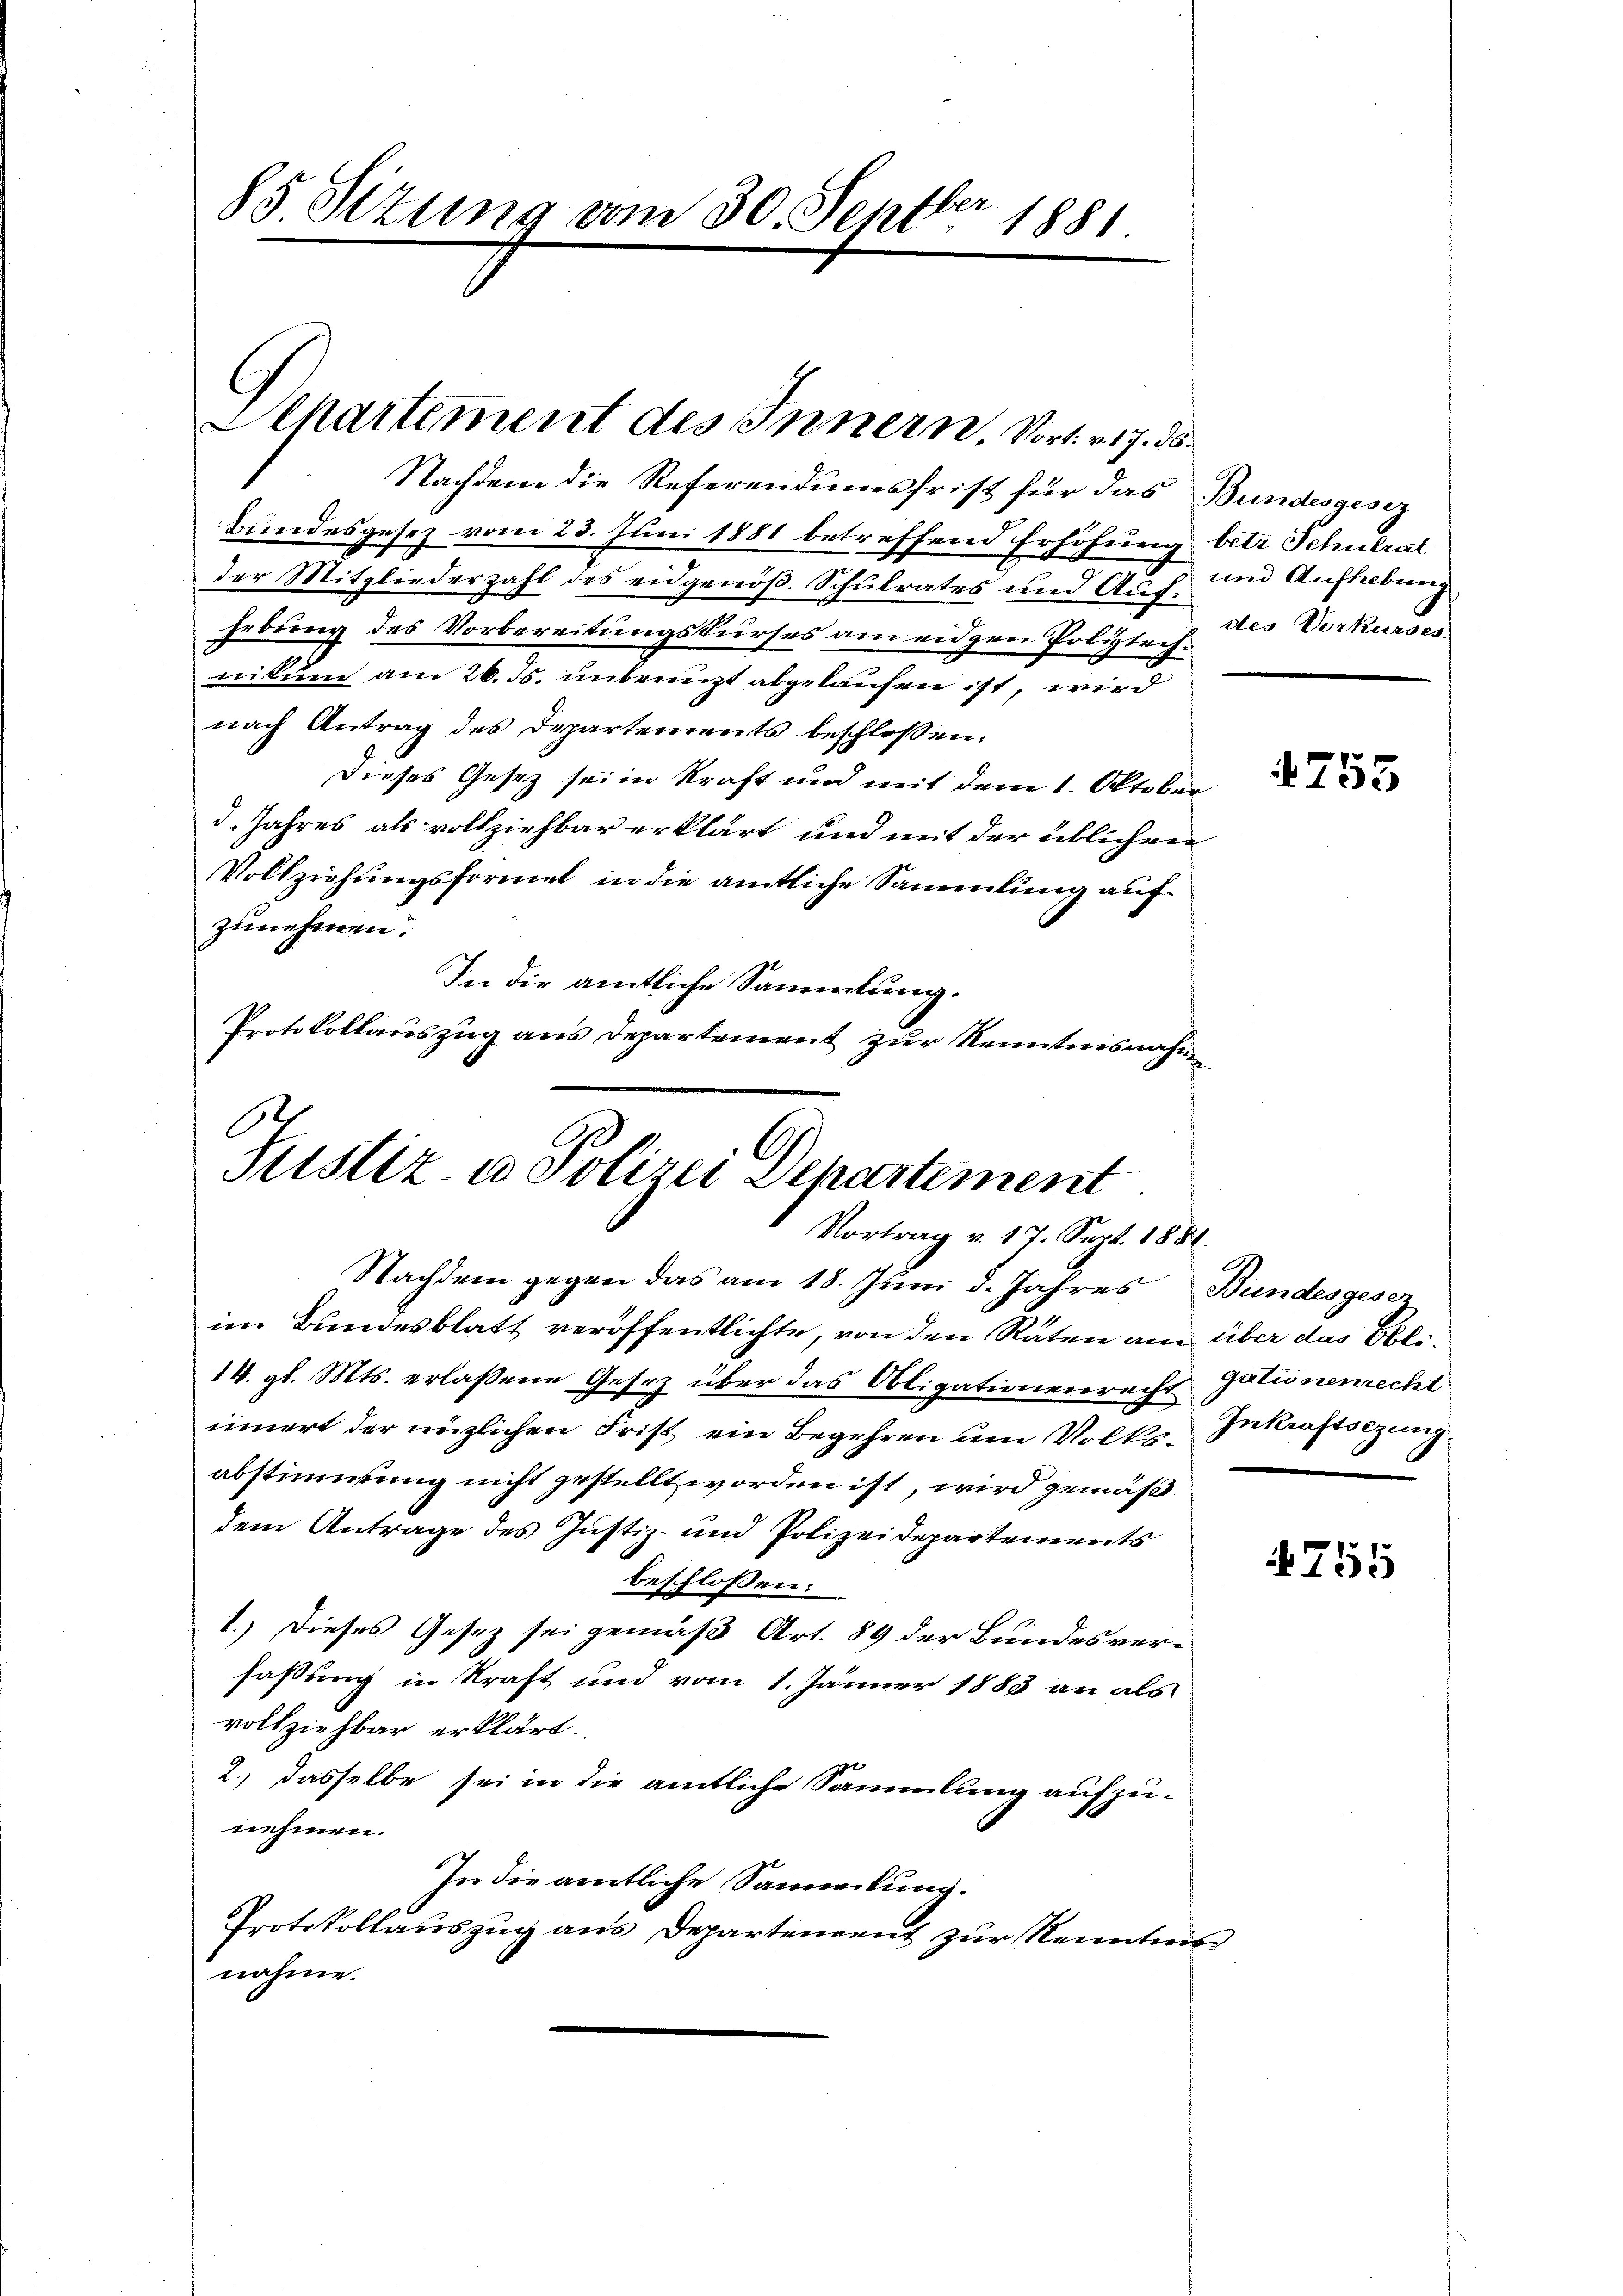
85 Sizung vom 30. Septbr 1881.

Departement des Innern, Vort. 217. ds.

Nachdem die Referendumsfrist für das Bundesgesez
Bundesgesez vom 23. Juni 1881 betreffend Erhöhung betr. Schulrat
der Mitgliederzahl des eidgenöß. Schulrates und Aufhebung des Vorbereitungskurses am eidgre Poliziechnitum am 26. ds. unbenuzt abgelaufen ist, wird
nach Antrag des Departements beschlossen:
Dieses Gesetz sei in Kraft und mit dem 1. Oktober
d. Jahres als vollziehbar erklärt und mit der üblichen
Vollziehungsformel in die amtliche Sammlung aufzunehmen.
In die amtliche Sammlung.
Protokollauszug aus Departement zur Kenntnisnahme

.
G
Justiz- u Polizei Departement
Vortrag v. 17. Sept. 1881.

Nachdem gegen das am 18. Juni d. Jahres Bundesgeser
im Bundesblatt veröffentlichte, von den Räten am über das Obli-
14. gl. Mts. erlaßene Gesetz über das Obligationenrecht gationenrecht
innert der nüzlichen Frist ein Begehren um Volks-Inkraftsezung
abstimmung nicht gestellt worden ist, wird gemäß
dem Antrage des Justiz- und Polizeidepartements
beschlossen:
1.) Dieses Gesez sei gemäß Art. 89 der Bundesver-
fassung in Kraft und vom 1. Jänner 1883 an als
vollziehbar erklärt.
2.) dasselbe sei in die amtliche Sammlung aufzu-
nehmen.
In die amtliche Sammlung.
Protokollauszug aus Departement zur Kenntnis
nahme.

und Aufhebung
des Vorkurses.

755

4755